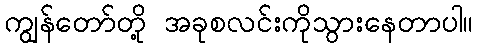
ကျွန်တော်တို့ အခုစလင်းကိုသွားနေတာပါ။